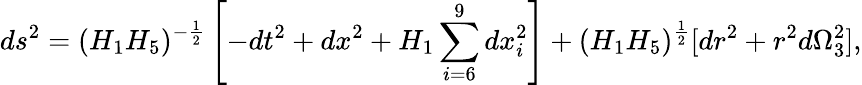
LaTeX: ds^{2}=(H_{1}H_{5})^{-\frac{1}{2}}\left[-dt^{2}+dx^{2}+H_{1}\sum_{i=6}^{9}dx_{i}^{2}\right]+(H_{1}H_{5})^{\frac{1}{2}}[dr^{2}+r^{2}d\Omega_{3}^{2}],